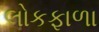
લોકફાળા